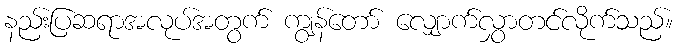
နည်းပြဆရာအလုပ်အတွက် ကျွန်တော် လျှောက်လွှာတင်လိုက်သည်။